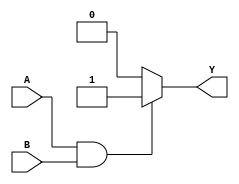
module AND_GATE (output reg Y, input A, B);   //declaring the module
always @ (A or B) begin                               // (A, B) is the sensitivity list or the trigger list.
    if (A == 1'b1 & B == 1'b1)                    // states that if both A and B are 1, then Y has to be 1, else 0.
    begin             
        Y = 1'b1;
    end                                         //concludes any block which contains more than one statement in it
    else 
        Y = 1'b0; 
end
endmodule                                      //used to terminate the module